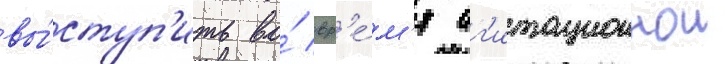
вы́ступ'ить во́ вр'е́м'я аг'итационнои